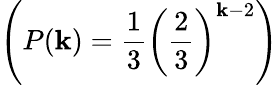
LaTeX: \left(P(\mathbf{k})=\frac{{1}}{{3}}\left(\frac{{2}}{{3}}\right)^{\mathbf{k}-2}\right)